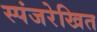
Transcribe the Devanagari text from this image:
स्पंजरेखित